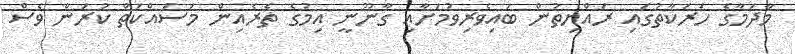
މާދަމާގެ ހަރަކާތުގައި ރައްޔިތުން ބައިވެރިވުމަށާއި ގާނޫނީ އިމުގެ ތެރެއިން މަސައްކަތް ކުރަން ވެސް